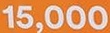
15.000